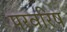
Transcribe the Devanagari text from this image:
परवरिष